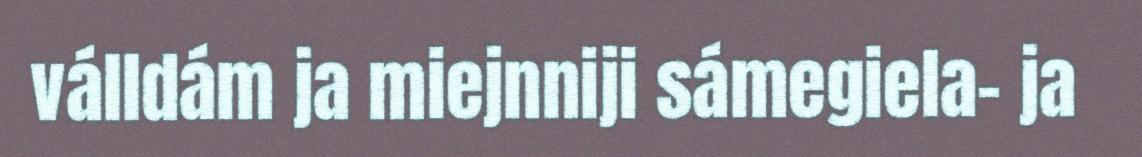
válldám ja miejnniji sámegiela- ja